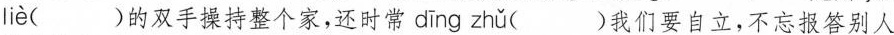
liè ( )的双手操持整个家，还时常 dīng zhǔ ( )我们要自立，不忘报答别人